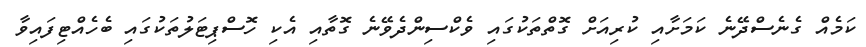
ކަމެއް ގެނެސްދޭނެ ކަމަށާއި ކުރިއަށް ގޮތްތަކުގައި ވެކްސިންދެވޭނެ ގޮތާއި އެކި ހޮސްޕިޓަލުތަކުގައި ބެހެއްޓިފައިވާ